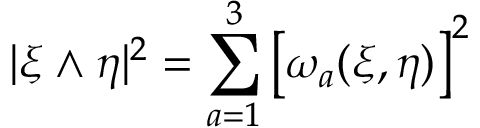
| \xi \wedge \eta | ^ { 2 } = \sum _ { a = 1 } ^ { 3 } \left[ \omega _ { a } ( \xi , \eta ) \right] ^ { 2 }